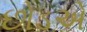
છોડએ